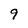
Character: 9